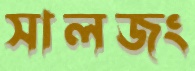
সালজং